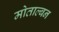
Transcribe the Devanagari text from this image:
मोताल्बन